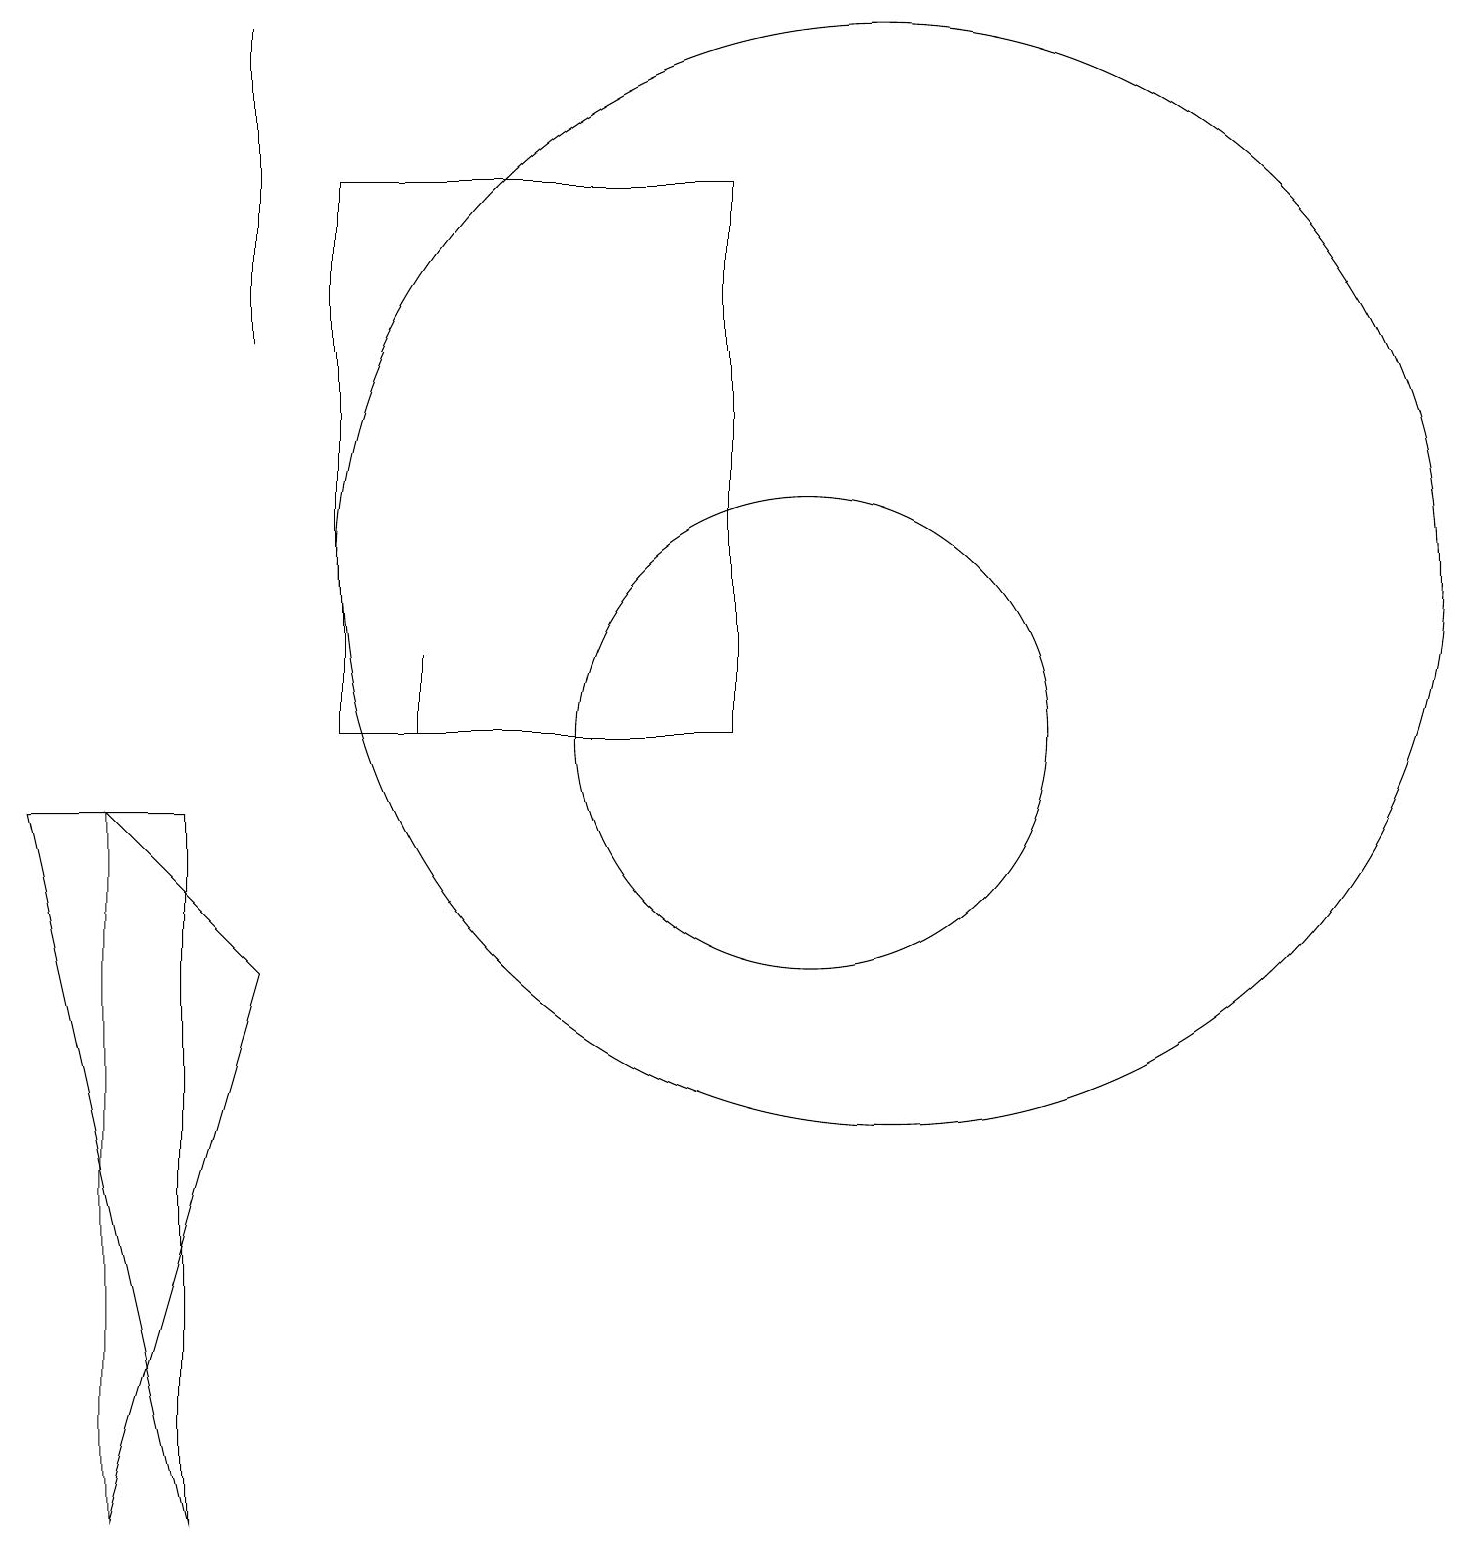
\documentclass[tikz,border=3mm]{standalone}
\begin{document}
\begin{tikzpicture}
\draw (10,10) circle (3);
\draw (3,7) -- (1,0) -- (1,9) -- cycle;
\draw (11,12) circle (7);
\draw (4,17) rectangle (9,10);
\draw (3,19) rectangle (3,15);
\draw (2,9) -- (0,9) -- (2,0) -- cycle;
\draw (5,10) rectangle (5,11);
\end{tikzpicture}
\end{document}